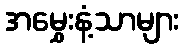
အမွှေးနံ့သာများ